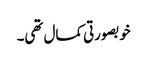
خوبصورتی کمال تھی۔